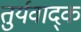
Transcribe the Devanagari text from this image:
तुर्यवाद्क